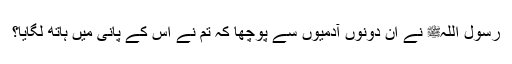
رسول اللہﷺ نے ان دونوں آدمیوں سے پوچھا کہ تم نے اس کے پانی میں ہاتھ لگایا؟